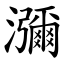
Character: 瀰